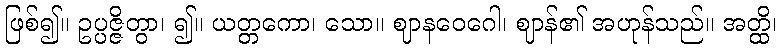
ဖြစ်၍။ ဥပ္ပဇ္ဇိတွာ၊ ၍။ ယတ္တကော၊ သော။ ဈာနဝေဂေါ၊ ဈာန်၏ အဟုန်သည်။ အတ္ထိ၊